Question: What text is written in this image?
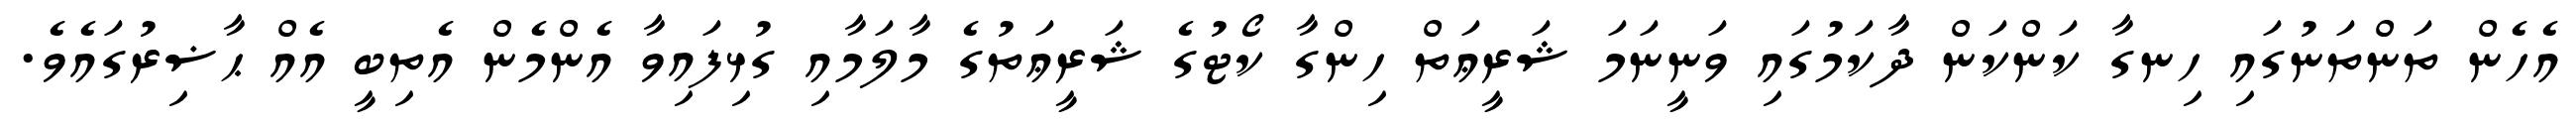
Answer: އެހެން ތަންތަނުގައި ހިނގާ ކަންކަން ދާކަމުގައި ވަނީނަމަ ޝަރީޢަތް ހިންގާ ކޯޓުގެ ޝަރީޢަތުގެ މާލަމާއި ގުޅިފައިވާ އެންމެން އެތިބީ އެއް ޙާޟިރުގައެވެ.